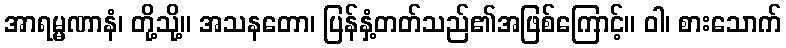
အာရမ္မဏာနံ၊ တို့သို့။ အသနတော၊ ပြန်နှံ့တတ်သည်၏အဖြစ်ကြောင့်။ ဝါ၊ စားသောက်